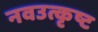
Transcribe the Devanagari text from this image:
नवउत्कृष्ट